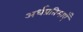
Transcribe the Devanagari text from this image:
अर्धप्रतिमाएँ